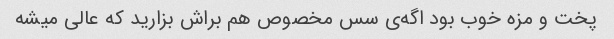
پخت و مزه خوب بود اگه‌ی سس مخصوص هم براش بزارید که عالی میشه